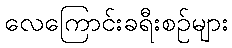
လေကြောင်းခရီးစဉ်များ